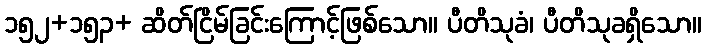
၁၅၂+၁၅၃+ ဆိတ်ငြိမ်ခြင်းကြောင့်ဖြစ်သော။ ပီတိသုခံ၊ ပီတိသုခရှိသော။